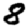
Digit: 8